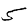
Digit: 5